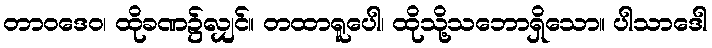
တာဝဒေဝ၊ ထိုခဏ၌လျှင်။ တထာရူပေါ၊ ထိုသို့သဘောရှိသော။ ပါသာဒေါ